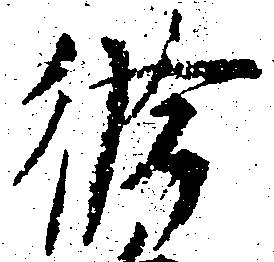
修